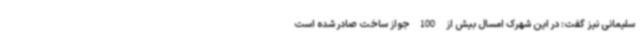
سلیمانی نیز گفت: در این شهرک امسال بیش از 100 جواز ساخت صادر شده است